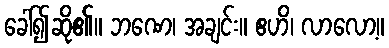
ခေါ်၍ဆို၏။ ဘဏေ၊ အချင်း။ ဧဟိ၊ လာလော့။